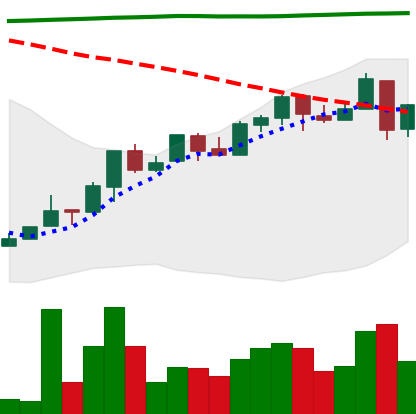
Ticker: NEO-USD
Chart end date: 2018-04-26
Forward return: 9.659%
Label: up_7plus